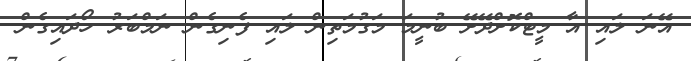
އޭނަ ލައި އާ މީޓްކޮށްދޭށޭ ބުނީމަ މަގުމަތިން ލައި ފެނިގެން ނަމްބަރު ހޯދައިގެން